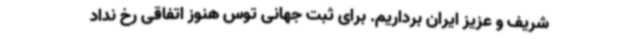
شریف و عزیز ایران برداریم. برای ثبت جهانی توس هنوز اتفاقی رخ نداد